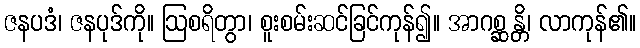
ဇနပဒံ၊ ဇနပုဒ်ကို။ ဩစရိတွာ၊ စူးစမ်းဆင်ခြင်ကုန်၍။ အာဂစ္ဆန္တိ၊ လာကုန်၏။